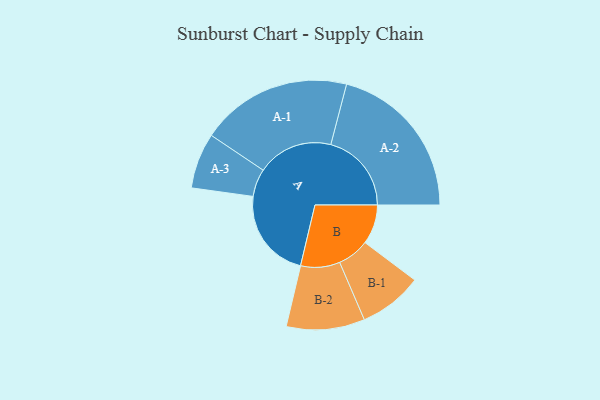
{"axis": {"x": "Segment", "y": "Value"}, "legend": ["", "A", "B"], "data": [{"x": "A", "y": 332, "type": ""}, {"x": "B", "y": 145, "type": ""}, {"x": "A-1", "y": 278, "type": "A"}, {"x": "A-2", "y": 296, "type": "A"}, {"x": "A-3", "y": 102, "type": "A"}, {"x": "B-1", "y": 117, "type": "B"}, {"x": "B-2", "y": 144, "type": "B"}]}